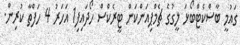
ގައުމީ ބާސްކެޓްބޯޅަ ލީގުގެ ޗެމްޕިއަންކަން ޓީރެކްސް ހޯދައިފި1 އަހަރު 4 ހަފްތާ ކުރިން.